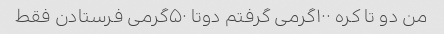
من دو تا کره ۱۰۰گرمی گرفتم دوتا ۵۰گرمی فرستادن فقط